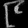
Digit: ၉